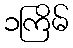
၁ကြိမ်